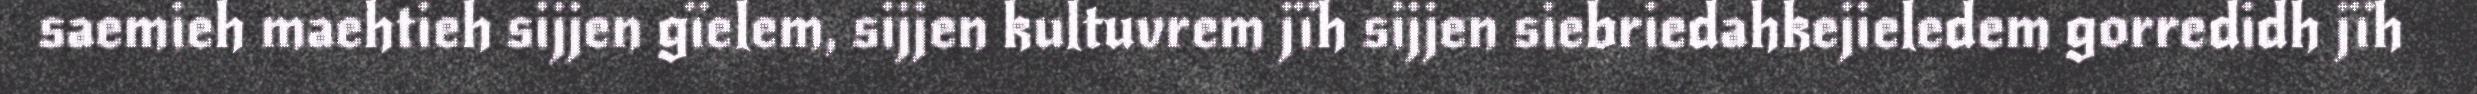
saemieh maehtieh sijjen gïelem, sijjen kultuvrem jïh sijjen siebriedahkejieledem gorredidh jïh